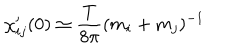
\chi _ { i j } ^ { \prime } ( 0 ) \simeq { \frac { T } { 8 \pi } } ( m _ { i } + m _ { j } ) ^ { - 1 }